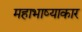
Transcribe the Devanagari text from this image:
महाभाष्याकार